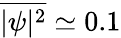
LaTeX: \overline{{|\psi|^{2}}}\simeq 0.1